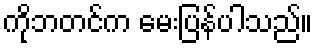
ကိုဘတင်က မေးပြန်ပါသည်။